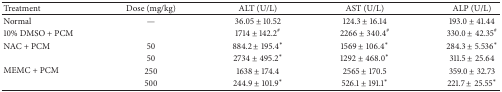
<table><thead><tr><td><b>Treatment</b></td><td><b>Dose (mg/kg)</b></td><td><b>ALT (U/L)</b></td><td><b>AST (U/L)</b></td><td><b>ALP (U/L)</b></td></tr></thead><tbody><tr><td>Normal </td><td>—</td><td>36.05 ± 10.52</td><td>124.3 ± 16.14</td><td>193.0 ± 41.44</td></tr><tr><td>10% DMSO + PCM</td><td> </td><td>1714 ± 142.2<sup>#</sup></td><td>2266 ± 340.4<sup>#</sup></td><td>330.0 ± 42.35<sup>#</sup></td></tr><tr><td>NAC + PCM</td><td>50</td><td>884.2 ± 195.4*</td><td>1569 ± 106.4*</td><td>284.3 ± 5.536*</td></tr><tr><td rowspan="3">MEMC + PCM</td><td>50</td><td>2734 ± 495.2*</td><td>1292 ± 468.0*</td><td>311.5 ± 25.64</td></tr><tr><td>250</td><td>1638 ± 174.4</td><td>2565 ± 170.5</td><td>359.0 ± 32.73</td></tr><tr><td>500</td><td>244.9 ± 101.9*</td><td>526.1 ± 191.1*</td><td>221.7 ± 25.55*</td></tr></tbody></table>